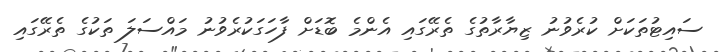
ސައިޓުތަކަށް ކުރެވުނު ޒިޔާރާތުގެ ތެރޭގައި އެންމެ ބޮޑަށް ފާހަގަކުރެވުނު މައްސަލަ ތަކުގެ ތެރޭގައި